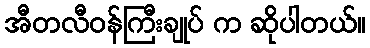
အီတလီဝန်ကြီးချုပ် က ဆိုပါတယ်။